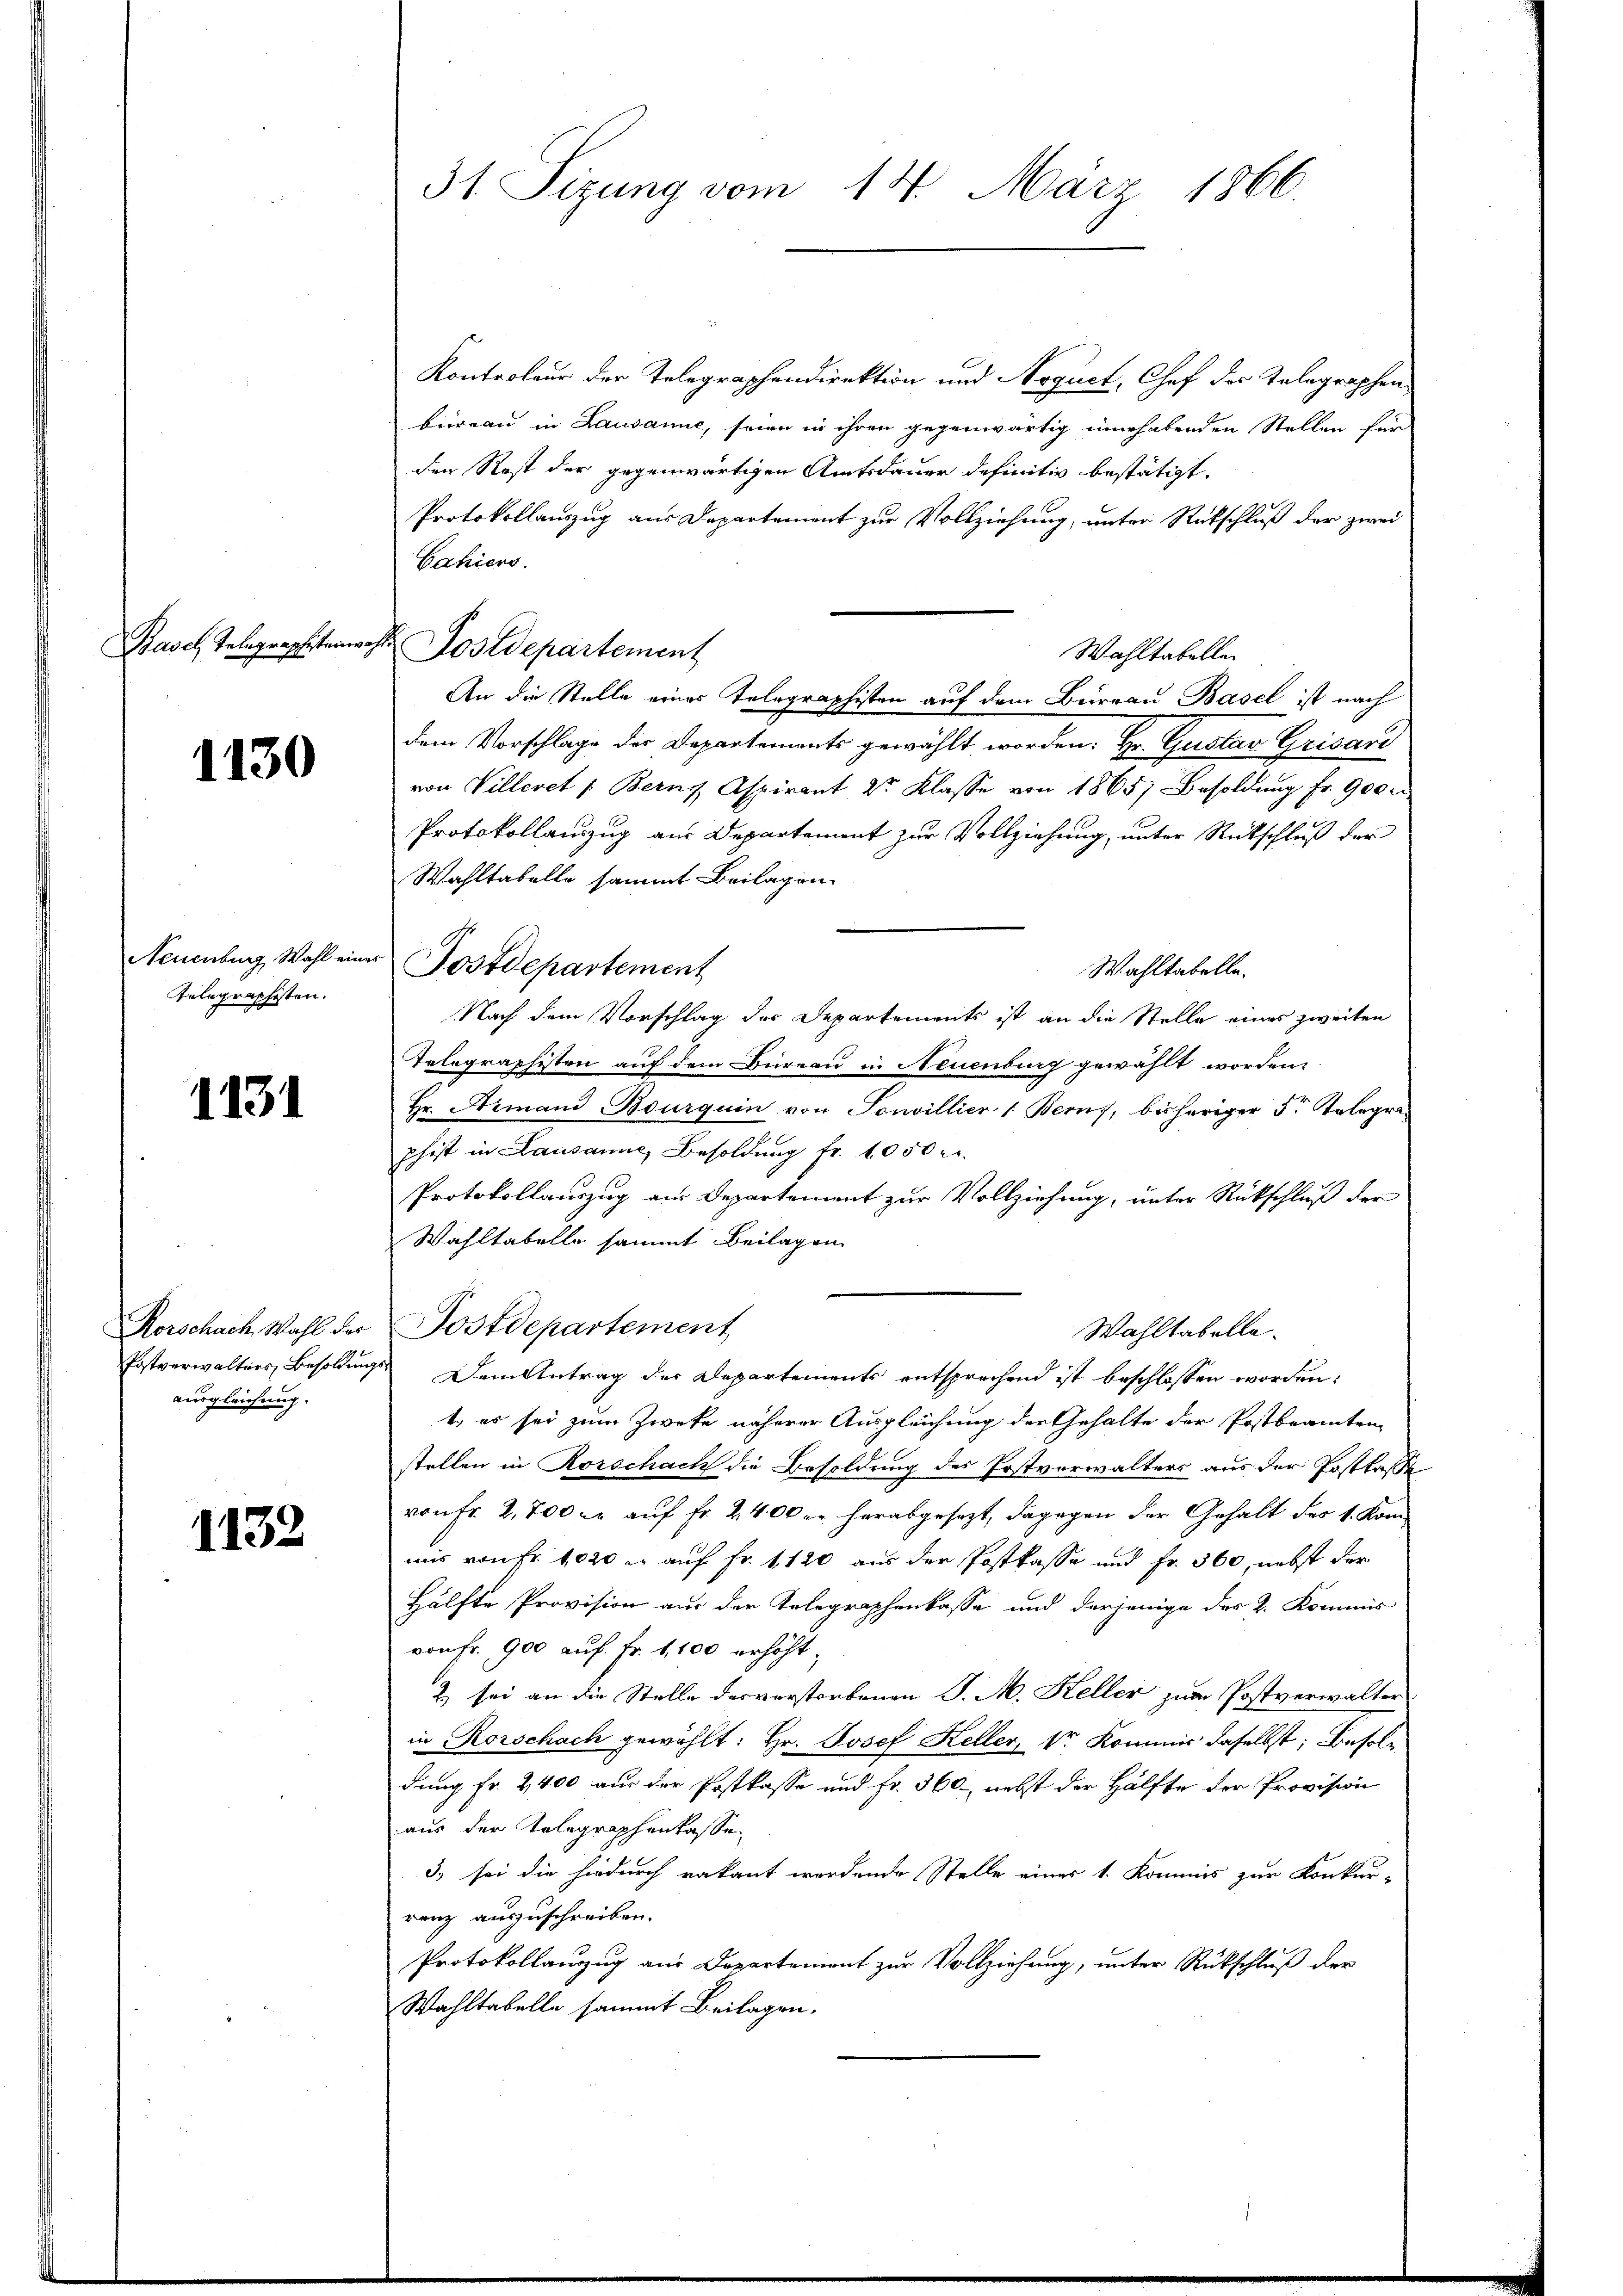
1130

Telegraphisten.

1131

ausgleichung.

1132

Kontroleur der Telegraphendirektion und Noquet, Chef des Telegraphenbrirran in Lausanne, seien in ihren gegenwärtig inne habenden Stellen für
den Rost der gegenwärtigen Amtsdauer definitiv bestätigt.
Protokollauszug aus Departement zur Vollziehung, unter Rückschluß der zwei
Fahiers.
Wahltabelle
An die Stelle eines Telegraphisten auf dem Bureau Basel ist nach
dem Vorschlage der Departements gewählt worden. Hr. Gustav Grisard
von Villeret /: Bern, Aspirant Dr. Klasse von 1865, Besoldung fr. 900 m
Protokollenzug am Departement zur Vollziehung, unter Rückschluß der
Wahltabelle sammt Beilagen.
Neuenburg, Wahl einer Postdepartement
Wahltabelle.
Nach dem Vorschlag der Departements ist an die Stelle eines zweiten
Telegraphisten auf dem Büreau in Neuenburg gewählt worden,
Hr. Armand Bourquin von Sonvillier (Berns, bisheriger 5 Telegraphist in Lausanne, Besoldung fr. 1050 r.
Protokollauszug aus Departement zur Vollziehung, unter Rückschluß der
Wahltabelle sammt Beilagen
Korschach Wahl der Postdepartement
Wahltabelle.
Postverwalters Besoldungs Dem Antrag der Departements entsprechend ist beschlossen worden:
t, es sei zum Zweke näherer Ausgleichung der Gehalte der Postbeamten
stellen in Rorschach die Besoldung des Postverwalters aus der Postkasse
von Fr. 2,700 c. auf Fr. 2400 c. herabgesezt, dagegen der Gehalt des 1. Kommis von Fr. 1020 er auf Fr. 1120 aus der Postkasse und Fr. 360, nebst der
Hälfte Provision aus der Telegraphenkasse und derjenige des 2. Kommis
von fr. 900 auf Fr. 1,100 erhöht,
2) sei an die Stelle des verstorbenen J. M. Keller zum Postverwalter
in Rorschach gewählt: Hr. Josef Heller, kr. Kommis daselbst; Besoldung Fr. 2400 aus der Postkasse und fr. 360, nebst der Hälfte der Provision
aus der Telegraphenkasse
3) sei die hiedurch vakant wordende Stelle eines 1. Kommis zur Konkur-
renz auszuschreiben.
Protokollanzug aus Departement zur Vollziehung, unter Rückschluß der
Wahltabelle sammt Beilagen.

31 Sizung vom 14. März 1866.

Rasch Telegraphitenwohl Postdepartement